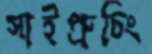
সাইপ্রুচিং